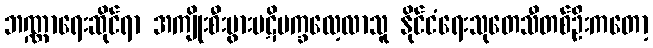
ဘဏ္ဏာရေးဆိုင်ရာ အကျိုးစီးပွားပဋိပက္ခလေ့လာသူ နိုင်ငံရေးသုတေသီတစ်ဦးကတော့